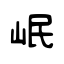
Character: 岷